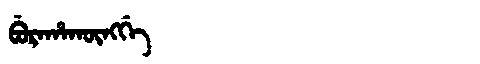
Manchu: ᠪᡠᡵᠠᡥᠠᡴᡡᠩᡤᡝ
Romanization: BURAHAKŪNGGE